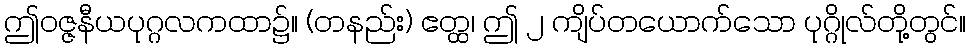
ဤဝဇ္ဇနီယပုဂ္ဂလကထာ၌။ (တနည်း) ဧတ္ထ၊ ဤ ၂ ကျိပ်တယောက်သော ပုဂ္ဂိုလ်တို့တွင်။